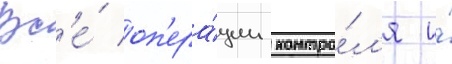
Вс'е́ оп'ера́ции контро́л'я и́